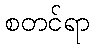
စတင်ရာ